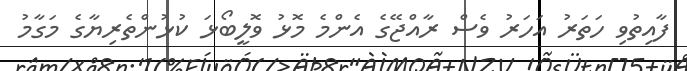
ފާއިތުވި ހަތަރު އަހަރު ވެސް ރާއްޖޭގެ އެންމެ މޮޅު ވޮލީބޯޅަ ކުޅުންތެރިޔާގެ މަގާމު